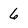
Character: 6